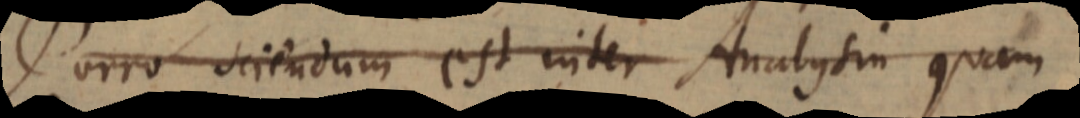
Porro sciendum est inter Analysin quam